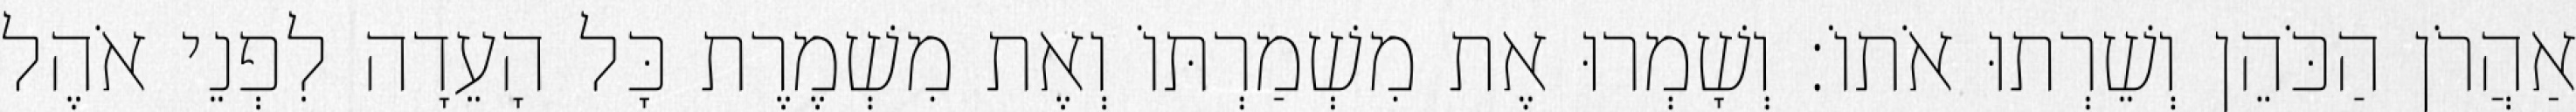
אַהֲרֹן הַכֹּהֵן וְשֵׁרְתוּ אֹתוֹ׃ וְשָׁמְרוּ אֶת מִשְׁמַרְתּוֹ וְאֶת מִשְׁמֶרֶת כָּל הָעֵדָה לִפְנֵי אֹהֶל